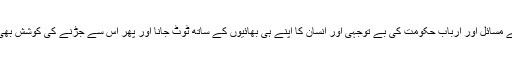
لوگوں کے مسائل اور ارباب حکومت کی بے توجہی اور انسان کا اپنے ہی بھائیوں کے ساتھ ٹُوٹ جانا اور پھر اس سے جُڑنے کی کوشش بھی نہ کرنا۔